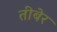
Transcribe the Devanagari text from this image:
तीबेर